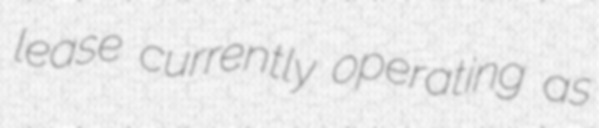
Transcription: lease currently operating as